Code of medical and sanitary regulations for the guidance of medical officers serving in the Madras Presidency - Volume II
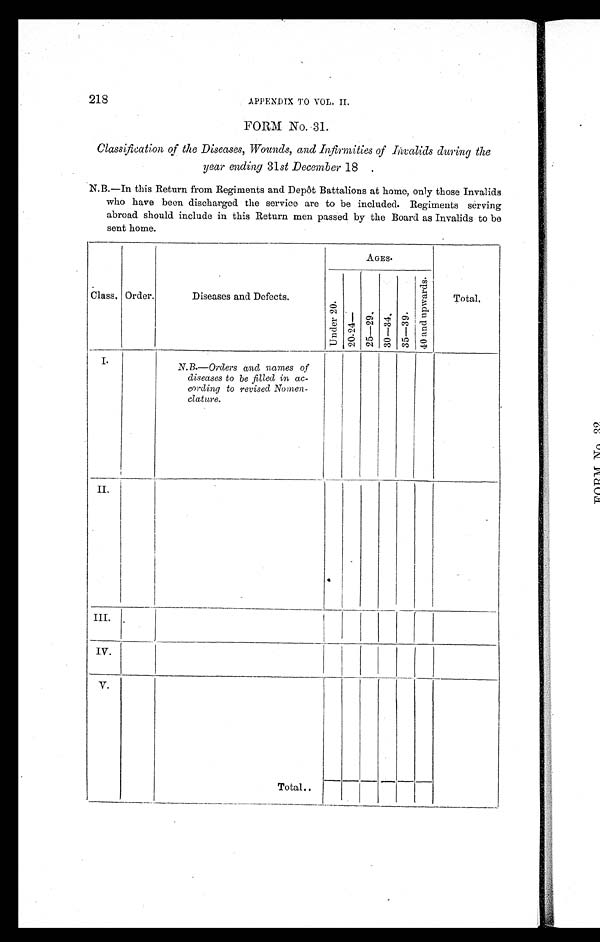
218 APPENDIX TO VOL. II.
FORM No. 31.
Classification of the Diseases, Wounds, and Infirmities of Invalids during the
year ending 31 st December 18 .
N.B.—In this Return from Regiments and Depôt Battalions at home, only those Invalids
who have been discharged the service are to be included. Regiments serving
abroad should include in this Return men passed by the Board as Invalids to be
sent home.
Class. Order.
Diseases and Defects.
A G E S .
Total.
Un d e r 2 0 .
2 0 . 2 4 —
2 5 — 2 9 . 30—34. 3 5 —3 9 .
4 0 a n d u p w a r d s .
I.
N. B.—Orders and names of
diseases to be filled in ac-
cording to revised Nomen-
clature.
II.
III.
IV.
V.
Total..